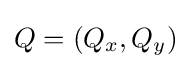
Q=(Q_{x},Q_{y})